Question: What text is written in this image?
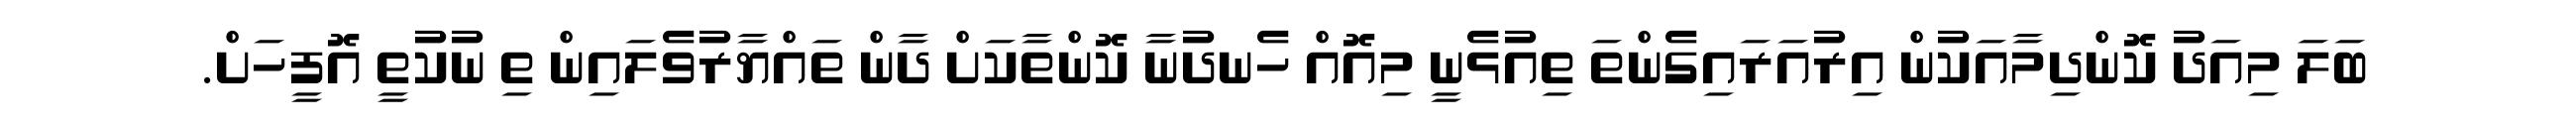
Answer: ބަލަ މިއަދު ކޮންދިމާއަކުން އިރުއަރައިގެންތަ ތިއުޅެނީ މިއޮއް ހެނދުނާ ކޮންތާކަށް ދާން ތައްޔާރުވެލައިން ތި ނުކުތީ އޮފީހަށް.